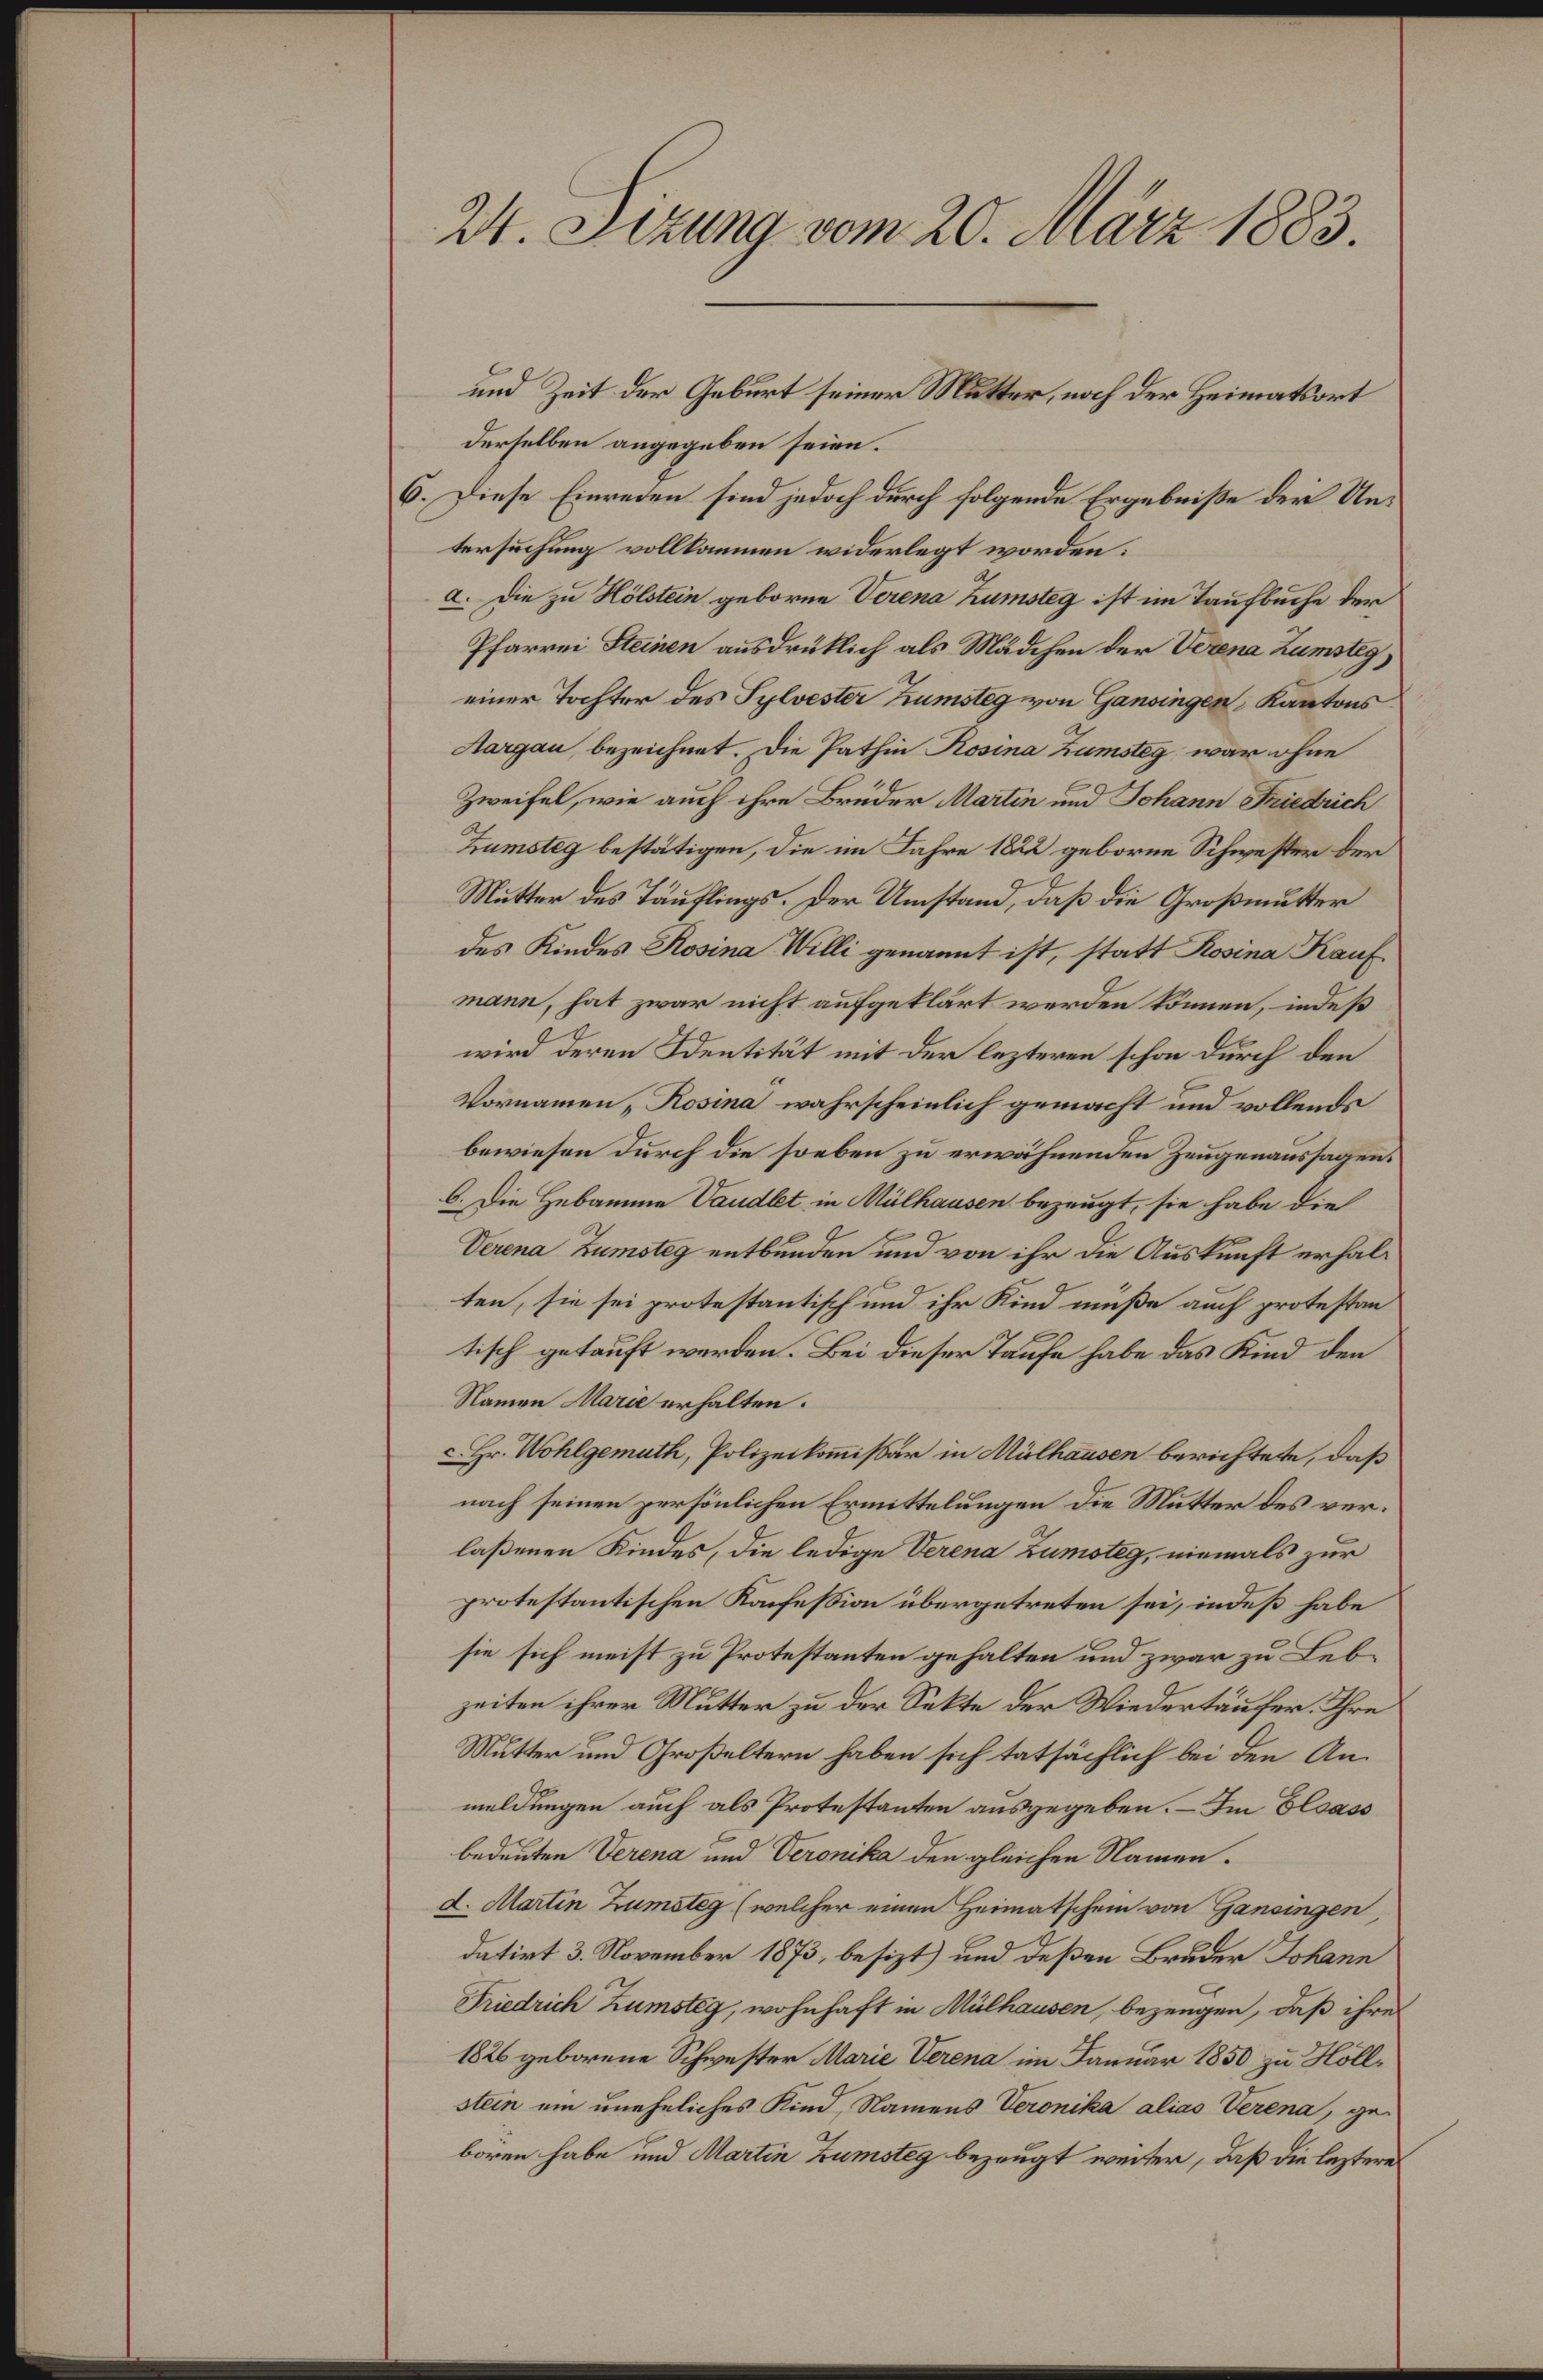
24. Sizung vom 20. März 1883.

derselben angegeben seien.
6. Diese Einreden sind jedoch durch folgende Ergebniße der Untersuchung vollkommen widerlegt worden:
a. Die zu Hölstein geborne Verena Zumsteg ist im Taufbuche der
Pfarrei Steinen ausdrüklich als Mädchen der Verena Zamsteg,
einer Tochter des Sylvester Trumsteg von Gansingen Kantons
Aargau, bezeichnet. Die Pathin Rosina Zamsteg war ohne
Zweifel, wie auch ihre Brüder Martin und Johann Friedrich
Zumsteg bestätigen, die im Jahre 1822 geborne Schwester der
Mutter des Täuflings. Der Umstand, daß die Großmutter
des Kindes Rosina Willi genannt ist, statt Rosina Kauf
mann, hat zwar nicht aufgeklärt werden können, indeß
wird deren Identität mit der lezteren schon durch den
Vornamen, Rosina wahrscheinlich gemacht und vollends
bewiesen durch die soeben zu erwähnenden Zeugenaussagen.
6. Die Hebamme Vaudlet in Mülhausen bezeugt, sie habe die
Verena Zumsteg entbunden und von ihr die Auskunft erhalten, sie sei protestantisch und ihr Kind müße auch protestan
tisch getauft werden. Bei dieser Taufe habe das Kind den
Namen Marie erhalten.
Hr. Wohlgemuth, Polizeikom̅issär in Mülhausen berichtete, daß
nach seinen persönlichen Ermittelungen die Mutter des verlaßenen Kindes, die ledige Verena Zumoteg, niemals zur
protestantischen Konfession übergetreten sei, indeß habe
sie sich meist zu Protestanten gehalten und zwar zu Lebzeiten ihrer Mutter zu der Sekte der Wiedertäufer. Ihre
Mutter und Großeltern haben sich tatsächlich bei den An-
meldungen auch als Protestanten ausgegeben. – Im Elsass
bedeuten Verena und Veronika den gleichen Namend. Martin Zumsteg (welcher einen Heimatschein von Gansingen,
datirt 3. November 1873, besizt) und deßen Bruder Johann
Friedrich Zumsteg, wohnhaft in Mülhausen, bezeugen, daß ihres
1826 geborene Schwester Marie Verena im Januar 1850 zu Höllstein ein uneheliches Kind, Namens Veronika alias Verena, geboren habe und Martin Zumsteg bezeugt weiter, daß die leztere

und Zeit der Geburt seiner Mutter, noch der Heimatsort